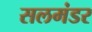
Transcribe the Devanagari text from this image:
सलमंडर